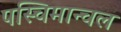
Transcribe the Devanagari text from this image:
पस्चिमान्चल